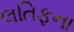
લતિફના